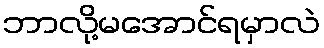
ဘာလို့မအောင်ရမှာလဲ